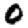
Digit: 0